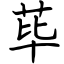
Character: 荜